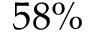
5 8 \%